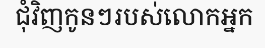
ជុំវិញកូនៗរបស់លោកអ្នក